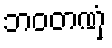
ဘဝတဏှံ